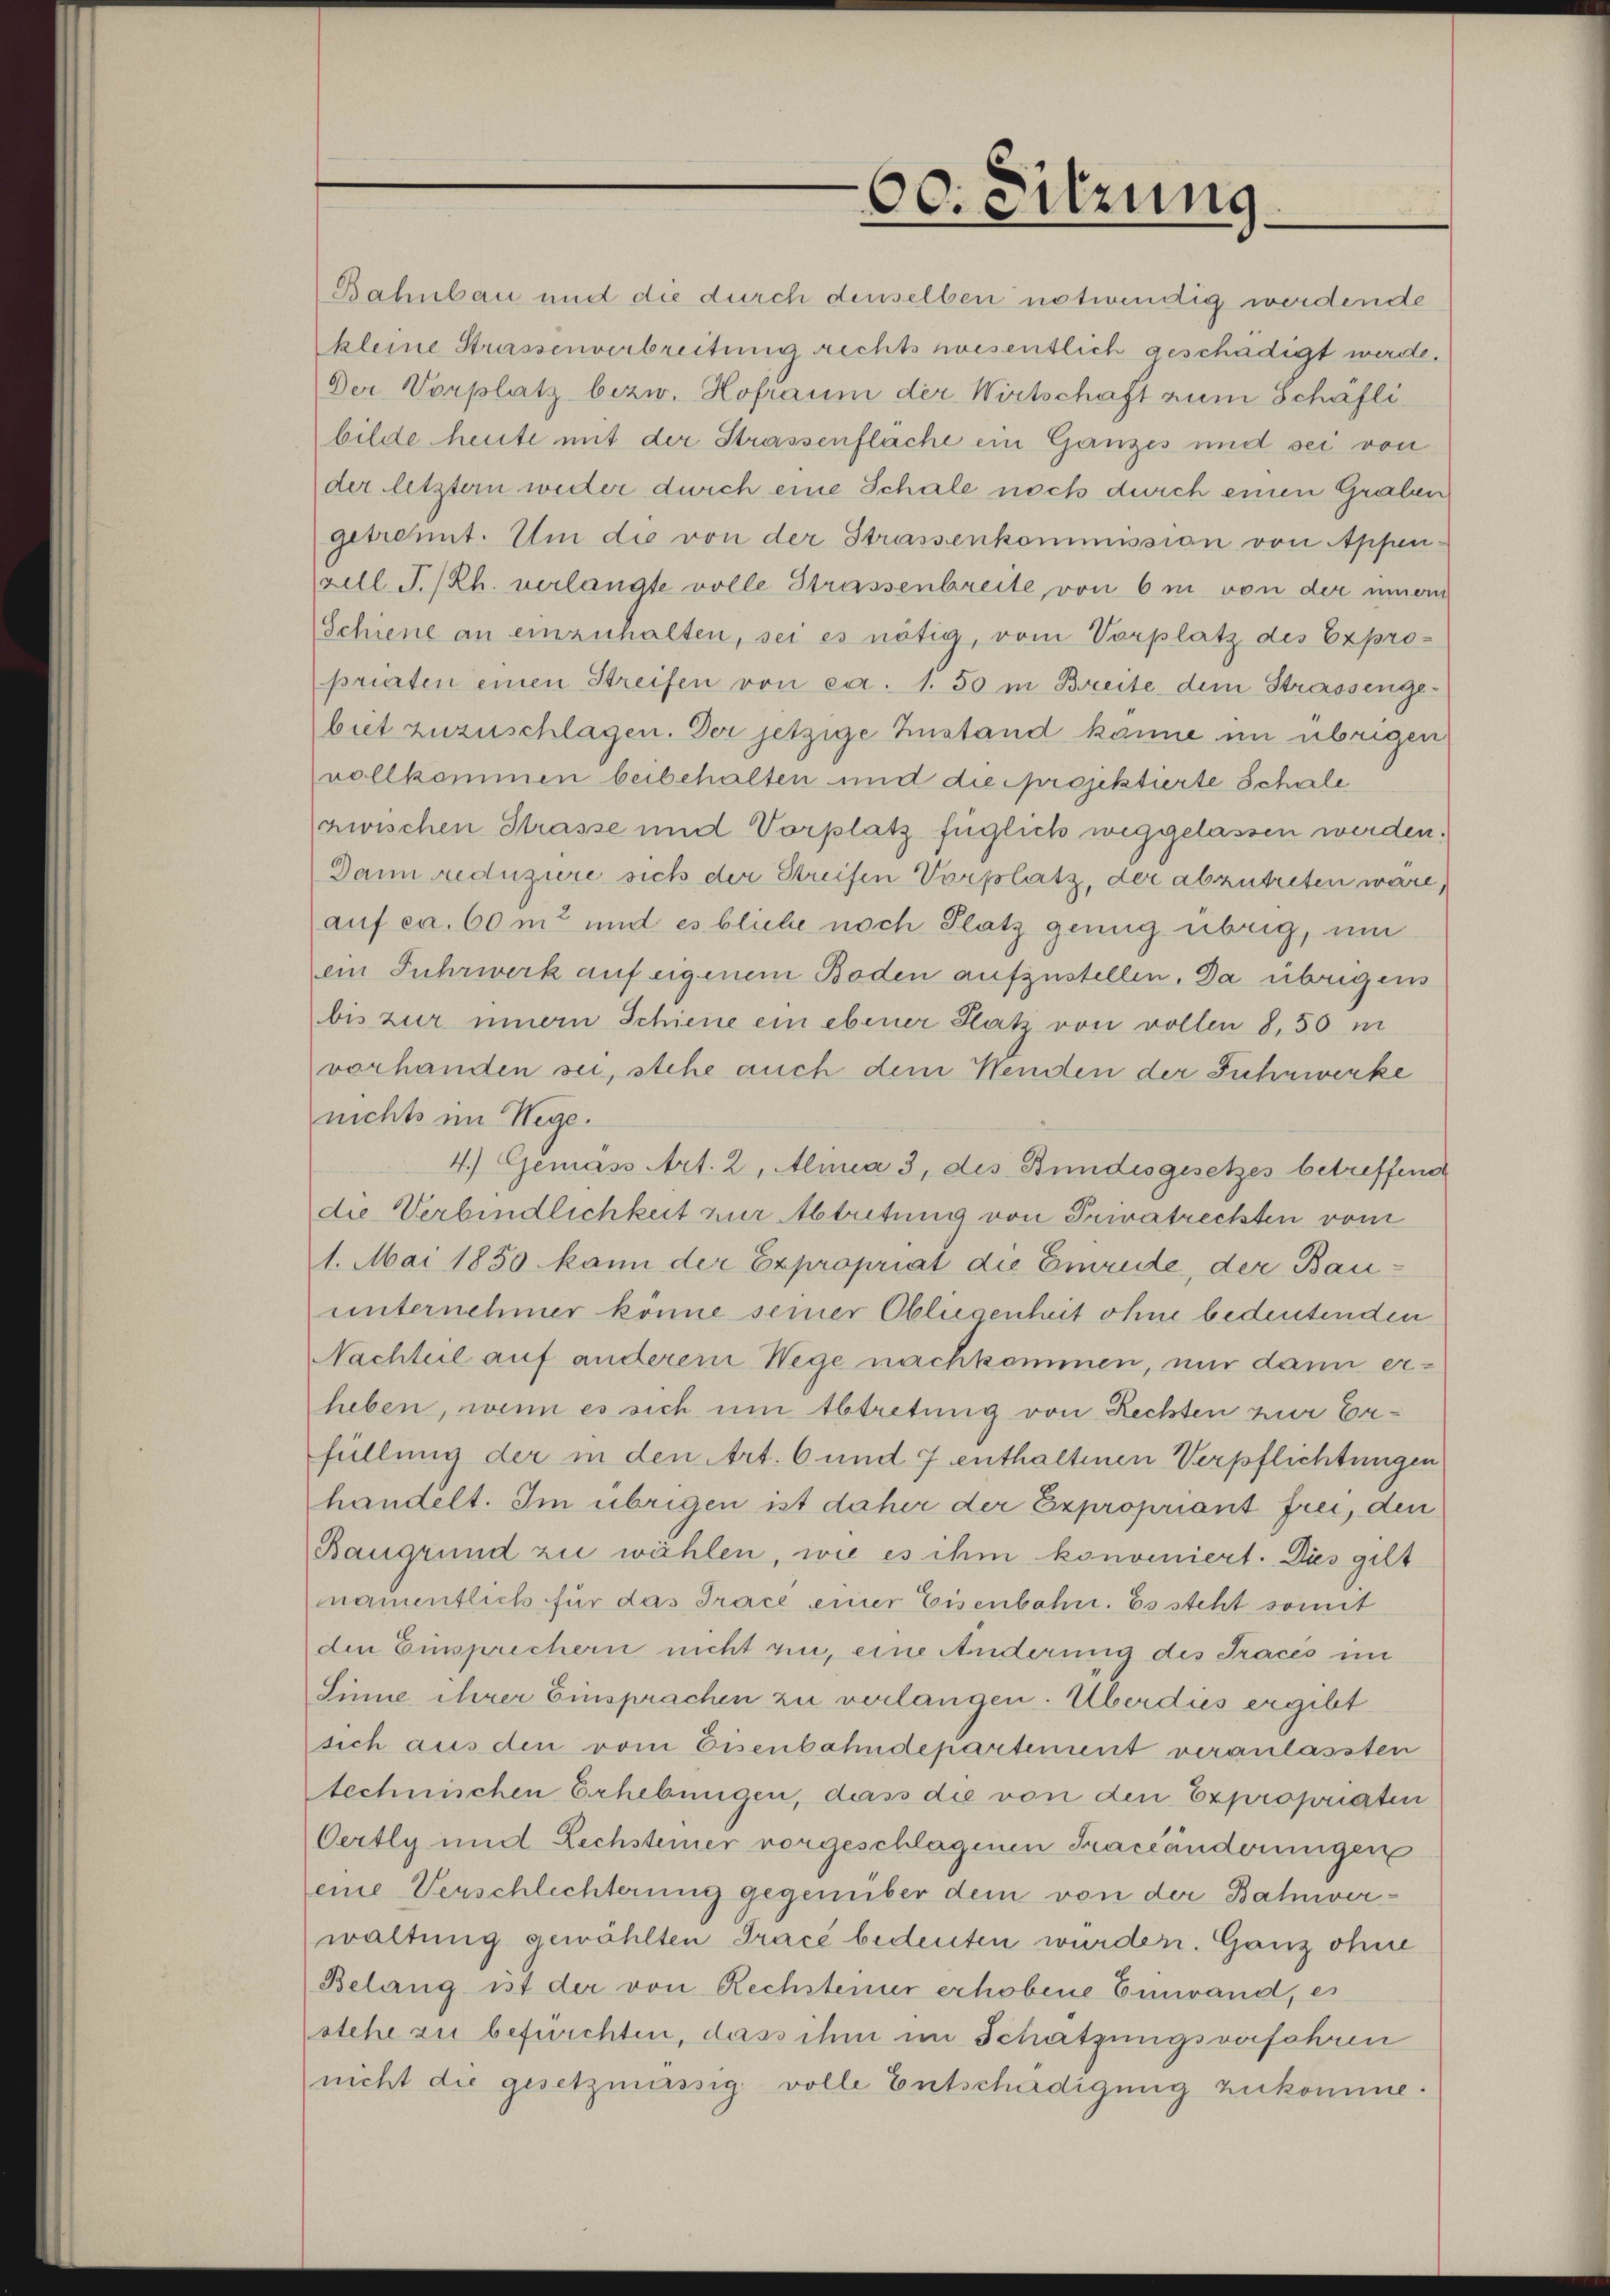
00. eitzung

Bahnbau und die durch denselben notwendig werdende
kleine Strassenverbreitung rechts wesentlich geschädigt werde.
Der Vorplatz bezw. Hofraum der Wirtschaft zum Schafli
bilde heute mit der Strassenfläche ein Ganzes und sei von
der letzter weder durch eine Schale noch durch einen Graben
getrennt. Um die von der Strassenkommission von Appen-
rill I.Rh. verlangte volle Strassenbreite von 6 m von der innern
Schiene an einzuhalten, sei es nötig, vom Vorplatz des Expro-
priaten einen Streifen von ca. 1. 50 in Breite dem Strassenge-
biet zuzuschlagen. Der jetzige Zustand kanne im übrigen
vollkommen beibehalten und die projektierte Schale
zwischen Strasse und Vorplatz füglich weggelassen werden.
Dann reduziere sich der Streifen Vorplatz, der abzutreten wäre,
auf ca. 60 m2 und es bliche noch Platz genug übrig, um
ein Fuhrwerk auf eigenem Boden aufzustellen, Da übrigens
bis zur innern Schiene ein ebener Satz von vollen 8.50 m
vorhanden sei, stehe auch dem Menden der Fuhrwerke
nichts im Wege.
4.) Gemäss Art. 2, Alma 3, des Bundesgesetzes betreffend
die Verbindlichkeit zur Abtretung von Privatreckten vom
1. Mai 1850 kann der Expropriat die Emande, der Bauunternehmer könne seiner Obliegenheit ohne bedeutenden
Nachteil auf anderem Wege nachkommen, nur dann erheben, wenn es sich um Abtretung von Rechten zur Erfüllung der in den Art. 6 und 7 enthaltenen Verpflichtungen
handelt. Im übrigen ist daher der Expropriant frei, den
Baugrund zu wählen, wie es ihm konveniert. Dies gilt
mamentlich für das Trace einer Eisenbahn. Es steht somit
den Einsprechern nicht ein, eine Anderung des Tracés im
Sinne ihrer Einsprachen zu verlangen. Überdies ergibt
sich aus den vom Eisenbahndepartement veranlassten
technichen Erhebungen, dass die von den Expropriaten
Oertly und Lechsteiner vorgeschlagenen Traceänderungen
eine Verschlechterung gegenüber dem von der Bahnverwaltung gewählten Tracé bedeuten wurden. Ganz ohne
Belang ist der von Rechsteiner erhobene Einwand, es
stehe zu befürchten, dass ihm im Schatzungsverfahren
nicht die gesetzmässig volle Entschädigung zukomme.